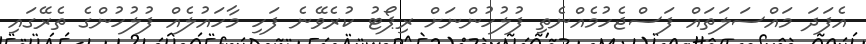
އެފަދަ މައްސަލަތައް ފަސްޖެހުމެއްނެތި ފުލުހުންނަށް ރިޕޯޓު ކުރެވޭނެ ފަހި މާހައުލެއް ފުލުހުންގެ ތެރޭގައި